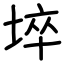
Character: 埣